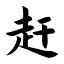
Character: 赶